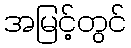
အမြင့်တွင်